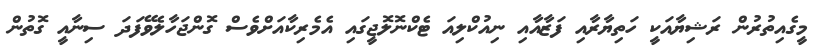
މީގެއިތުރުން ރަޝިޔާއަކީ ހަތިޔާރާއި ފަޒާއާއި ނިއުކްލިއަ ޓެކްނޮލޮޖީގައި އެމެރިކާއަށްވެސް ގޮންޖަހާލެވޭފަދަ ސިނާއީ ގޮތުން